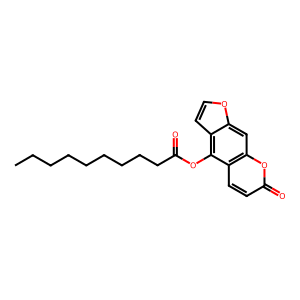
SMILES: CCCCCCCCCC(=O)Oc1c2ccoc2cc2oc(=O)ccc12
Inhibits HIV replication: No